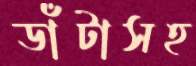
ডাঁটাসহ